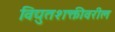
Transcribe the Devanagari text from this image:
विद्युतशक्तीवरील